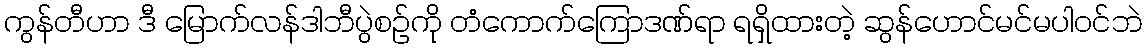
ကွန်တီဟာ ဒီ မြောက်လန်ဒါဘီပွဲစဉ်ကို တံကောက်ကြောဒဏ်ရာ ရရှိထားတဲ့ ဆွန်ဟောင်မင်မပါဝင်ဘဲ